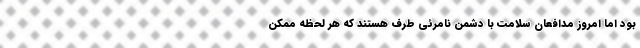
بود اما امروز مدافعان سلامت با دشمن نامرئی طرف هستند که هر لحظه ممکن